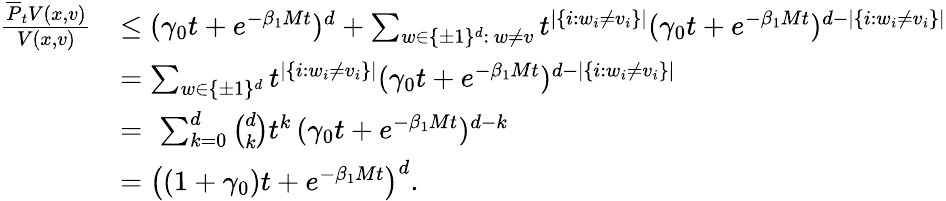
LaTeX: \begin{array}{rl}{\frac{\overline{{P}}_{t}V(x,v)}{V(x,v)}}&{\leq(\gamma_{0}t+e^{-\beta_{1}Mt})^{d}+\sum_{w\in\{ \pm 1\} ^{d}:\, w\neq v}t^{|\{ i:w_{i}\neq v_{i}\} |}(\gamma_{0}t+e^{-\beta_{1}Mt})^{d-|\{ i:w_{i}\neq v_{i}\} |}}\\ &{=\sum_{w\in\{ \pm 1\} ^{d}}t^{|\{ i:w_{i}\neq v_{i}\} |}(\gamma_{0}t+e^{-\beta_{1}Mt})^{d-|\{ i:w_{i}\neq v_{i}\} |}}\\ &{=\, \, \sum_{k=0}^{d}\binom{d}{k}t^{k}\, (\gamma_{0}t+e^{-\beta_{1}Mt})^{d-k}}\\ &{=\left((1+\gamma_{0})t+e^{-\beta_{1}Mt}\right)^{d}.}\end{array}